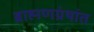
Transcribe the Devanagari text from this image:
ब्राह्मणग्रंथांत